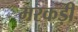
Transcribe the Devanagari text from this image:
मरकड़ी